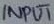
Text: INPUT